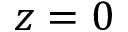
z = 0